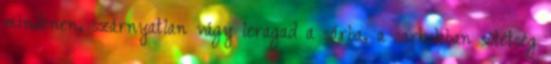
mindenen, szárnyatlan vágy leragad a sárba, a sarkokban sötétség